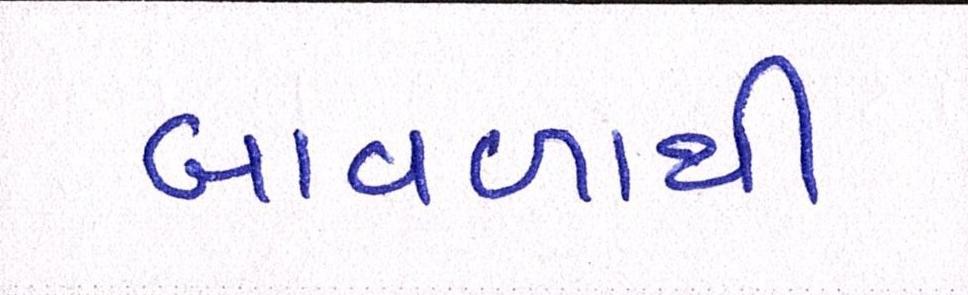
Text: બાવળાથી